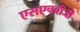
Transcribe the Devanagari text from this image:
एसएचबीजी